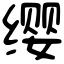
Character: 缨